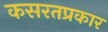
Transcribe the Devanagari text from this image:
कसरतप्रकार